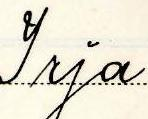
Irja